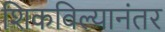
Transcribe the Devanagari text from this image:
शिकविल्यानंतर